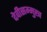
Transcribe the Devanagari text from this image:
देवीसम्मुख